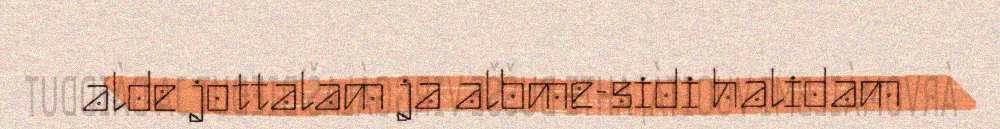
alde jottalam ja albme-sidi halidam